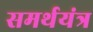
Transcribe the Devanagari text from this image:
समर्थयंत्र